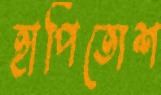
হাপিত্যেশ